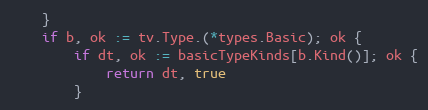
Language: Go
	}
	if b, ok := tv.Type.(*types.Basic); ok {
		if dt, ok := basicTypeKinds[b.Kind()]; ok {
			return dt, true
		}